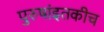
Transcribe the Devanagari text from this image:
पुरुषांइतकीच